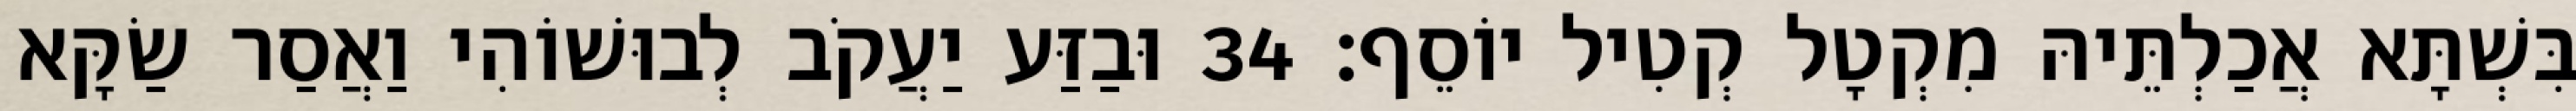
בִּשְׁתָּא אֲכַלְתֵּיהּ מִקְטָל קְטִיל יוֹסֵף׃ 34 וּבַזַּע יַעֲקֹב לְבוּשׁוֹהִי וַאֲסַר שַׂקָּא